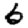
Digit: 6